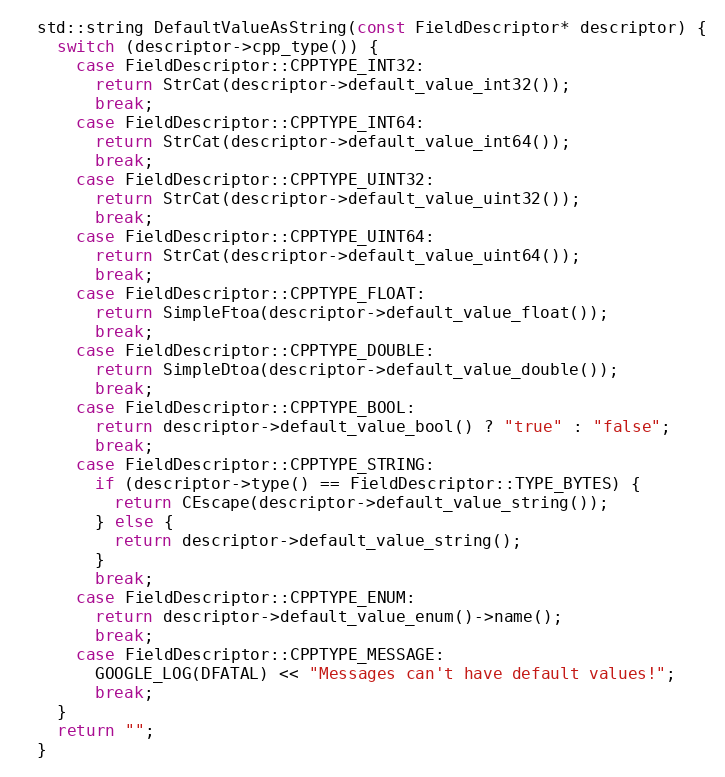
Language: C++
  std::string DefaultValueAsString(const FieldDescriptor* descriptor) {
    switch (descriptor->cpp_type()) {
      case FieldDescriptor::CPPTYPE_INT32:
        return StrCat(descriptor->default_value_int32());
        break;
      case FieldDescriptor::CPPTYPE_INT64:
        return StrCat(descriptor->default_value_int64());
        break;
      case FieldDescriptor::CPPTYPE_UINT32:
        return StrCat(descriptor->default_value_uint32());
        break;
      case FieldDescriptor::CPPTYPE_UINT64:
        return StrCat(descriptor->default_value_uint64());
        break;
      case FieldDescriptor::CPPTYPE_FLOAT:
        return SimpleFtoa(descriptor->default_value_float());
        break;
      case FieldDescriptor::CPPTYPE_DOUBLE:
        return SimpleDtoa(descriptor->default_value_double());
        break;
      case FieldDescriptor::CPPTYPE_BOOL:
        return descriptor->default_value_bool() ? "true" : "false";
        break;
      case FieldDescriptor::CPPTYPE_STRING:
        if (descriptor->type() == FieldDescriptor::TYPE_BYTES) {
          return CEscape(descriptor->default_value_string());
        } else {
          return descriptor->default_value_string();
        }
        break;
      case FieldDescriptor::CPPTYPE_ENUM:
        return descriptor->default_value_enum()->name();
        break;
      case FieldDescriptor::CPPTYPE_MESSAGE:
        GOOGLE_LOG(DFATAL) << "Messages can't have default values!";
        break;
    }
    return "";
  }